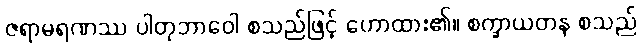
ဇရာမရဏဿ ပါတုဘာဝေါ စသည်ဖြင့် ဟောထား၏။ စက္ခာယတန စသည်